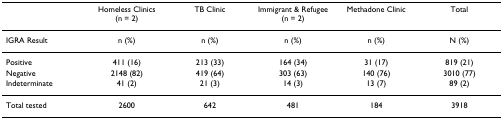
<table><thead><tr><td></td><td><b>Homeless Clinics (n = 2)</b></td><td><b>TB Clinic</b></td><td><b>Immigrant &amp; Refugee (n = 2)</b></td><td><b>Methadone Clinic</b></td><td><b>Total</b></td></tr></thead><tbody><tr><td>IGRA Result</td><td>n (%)</td><td>n (%)</td><td>n (%)</td><td>n (%)</td><td>N (%)</td></tr><tr><td>Positive</td><td>411 (16)</td><td>213 (33)</td><td>164 (34)</td><td>31 (17)</td><td>819 (21)</td></tr><tr><td>Negative</td><td>2148 (82)</td><td>419 (64)</td><td>303 (63)</td><td>140 (76)</td><td>3010 (77)</td></tr><tr><td>Indeterminate</td><td>41 (2)</td><td>21 (3)</td><td>14 (3)</td><td>13 (7)</td><td>89 (2)</td></tr><tr><td>Total tested</td><td>2600</td><td>642</td><td>481</td><td>184</td><td>3918</td></tr></tbody></table>